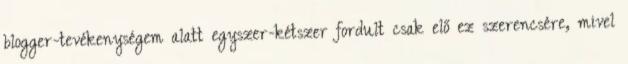
blogger-tevékenységem alatt egyszer-kétszer fordult csak elő ez szerencsére, mivel